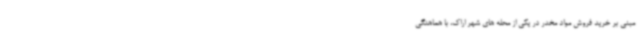
مبنی بر خرید فروش مواد مخدر در یکی از محله های شهر اراک، با هماهنگی